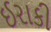
ઈરાકી